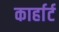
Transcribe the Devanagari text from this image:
कार्हार्ट